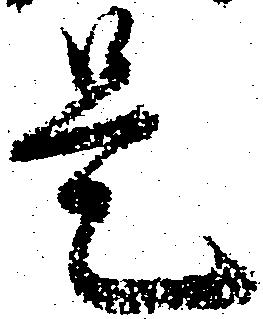
是